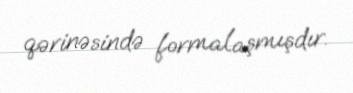
qərinəsində formalaşmışdır.